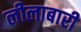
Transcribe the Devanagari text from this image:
लीलाबारी